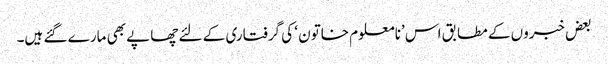
بعض خبروں کے مطابق اس ’نامعلوم خاتون ‘ کی گرفتاری کے لئے چھاپے بھی مارے گئے ہیں۔